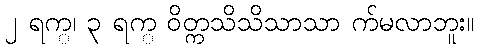
၂ ရက္၊ ၃ ရက္ ဝိတ္ကသိသိသာသာ က်မလာဘူး။